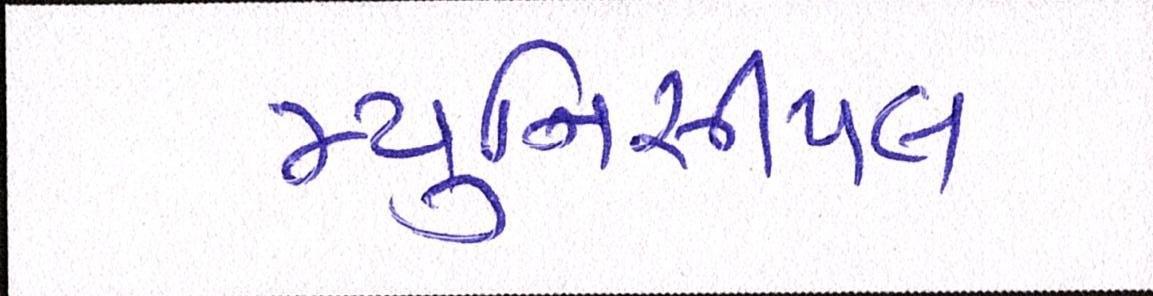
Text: મ્યુનિસીપલ